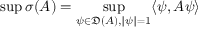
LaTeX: \operatorname* { s u p } \sigma ( A ) = \operatorname* { s u p } _ { \psi \in { \mathfrak { D } } ( A ) , \| \psi \| = 1 } \langle \psi , A \psi \rangle